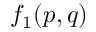
f _ { 1 } ( p , q )